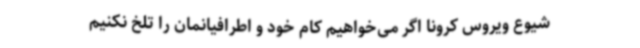
شیوع ویروس کرونا اگر می‌خواهیم کام خود و اطرافیانمان را تلخ نکنیم